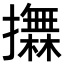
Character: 𢸮